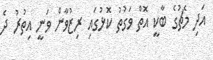
އަދި މެޗުގެ ބާކީ އޮތް ވަގުތު ކޮޅުގައި ރިޒުވާން ވަނީ އިތުރު ދެ